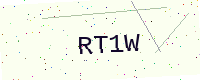
Text: RT1W